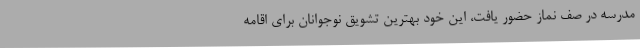
مدرسه در صف نماز حضور یافت، این خود بهترین تشویق نوجوانان برای اقامه